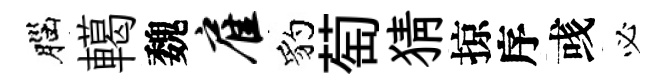
腦轕魏雇豹萄猜掠序彧必